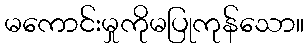
မကောင်းမှုကိုမပြုကုန်သော။